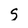
Character: s